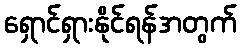
ရှောင်ရှားနိုင်ရန်အတွက်